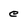
Character: e